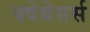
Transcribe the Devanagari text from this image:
क्वेबेसर्स